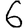
Digit: 6